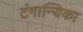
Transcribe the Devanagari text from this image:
टंगान्यिका